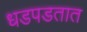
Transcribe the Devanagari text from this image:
धडपडतात